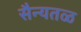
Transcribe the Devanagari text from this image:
सैन्यतळ